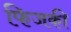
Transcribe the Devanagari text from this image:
फिजकी